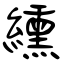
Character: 纁